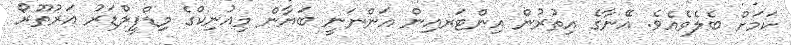
ކަމަށް ބެލެވެއެވެ. އޭނާގެ އިތުރުން އިންޓަރއިން އަންނަނީ ބަޔާން މިއުނިކްގެ މިޑްފީލްޑަރު އަރުތޫރޯ